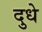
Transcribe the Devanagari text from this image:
दुधे